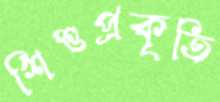
শিশুপ্রকৃতি